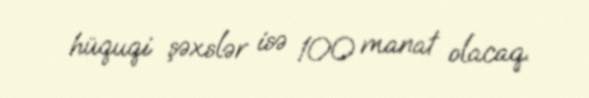
hüquqi şəxslər isə 100 manat olacaq.